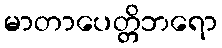
မာတာပေတ္တိဘရော